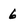
Character: 6